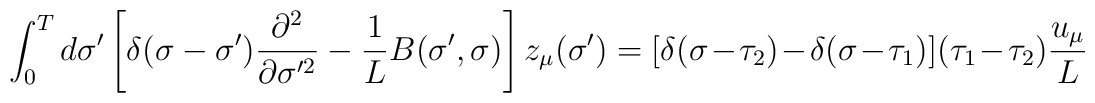
\int_0^Td\sigma'\left[\delta(\sigma-\sigma')\frac{\partial^2}{\partial \sigma'^2}-{1\over L}B(\sigma',\sigma)\right]z_\mu(\sigma')= [\delta(\sigma-\tau_2)-\delta(\sigma-\tau_1)](\tau_1-\tau_2)\frac{u_\mu}{L}